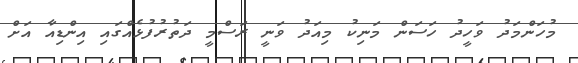
މުހަންމަދު ވަހީދު ހަސަން މަނިކު މިއަދު ވަނީ ރަސްމީ ދަތުރުފުޅެއްގައި އިންޑިއާ އަށް